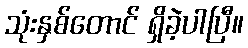
သုံးနှစ်တောင် ရှိခဲ့ပါပြီ။